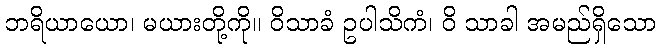
ဘရိယာယော၊ မယားတို့ကို။ ဝိသာခံ ဥပါသိကံ၊ ဝိ သာခါ အမည်ရှိသော